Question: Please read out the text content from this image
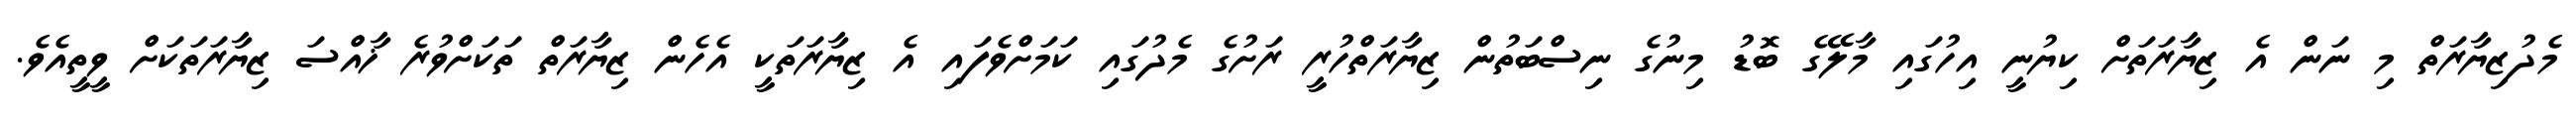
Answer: މެދުޒިޔާރަތް މި ނަން އެ ޒިޔާރަތަށް ކިޔުނީ އިހުގައި މާލޭގެ ބޮޑު މިނުގެ ނިސްބަތުން ޒިޔާރަތްހުރީ ރަށުގެ މެދުގައި ކަމަށްވެފައި އެ ޒިޔާރަތަކީ އެހެން ޒިޔާރަތް ތަކަށްވުރެ ޚާއްސަ ޒިޔާރަތަކަށް ވީތީއެވެ.